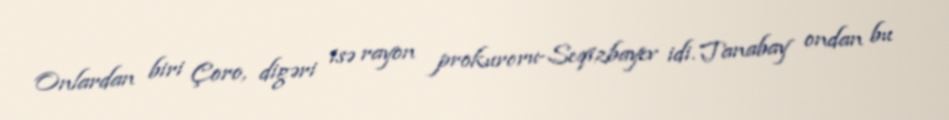
Onlardan biri Çoro, digəri isə rayon prokuroru-Seqizbayev idi. Tanabay ondan bu